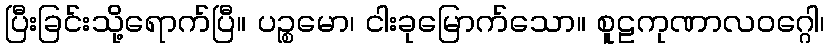
ပြီးခြင်းသို့ရောက်ပြီ။ ပဉ္စမော၊ ငါးခုမြောက်သော။ စူဠကုဏာလဝဂ္ဂေါ၊